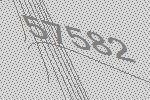
57582